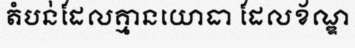
តំបន់ដែលគ្មានយោធា ដែលខ័ណ្ឌ